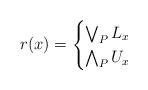
LaTeX: \begin{align*}r(x) &=\begin{cases}\bigvee_P L_x & \\\bigwedge_P U_x & \end{cases}\end{align*}